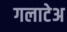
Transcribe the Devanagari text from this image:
गलाटेअ